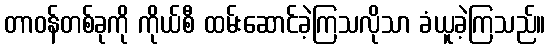
တာဝန်တစ်ခုကို ကိုယ်စီ ထမ်းဆောင်ခဲ့ကြသလိုသာ ခံယူခဲ့ကြသည်။